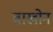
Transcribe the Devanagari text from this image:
बाखोन